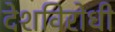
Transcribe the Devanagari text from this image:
देशविरोधी